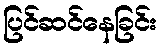
ပြင်ဆင်နေခြင်း